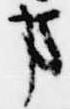
事